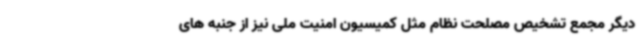
دیگر مجمع تشخیص مصلحت نظام مثل کمیسیون امنیت ملی نیز از جنبه های